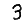
Digit: 3